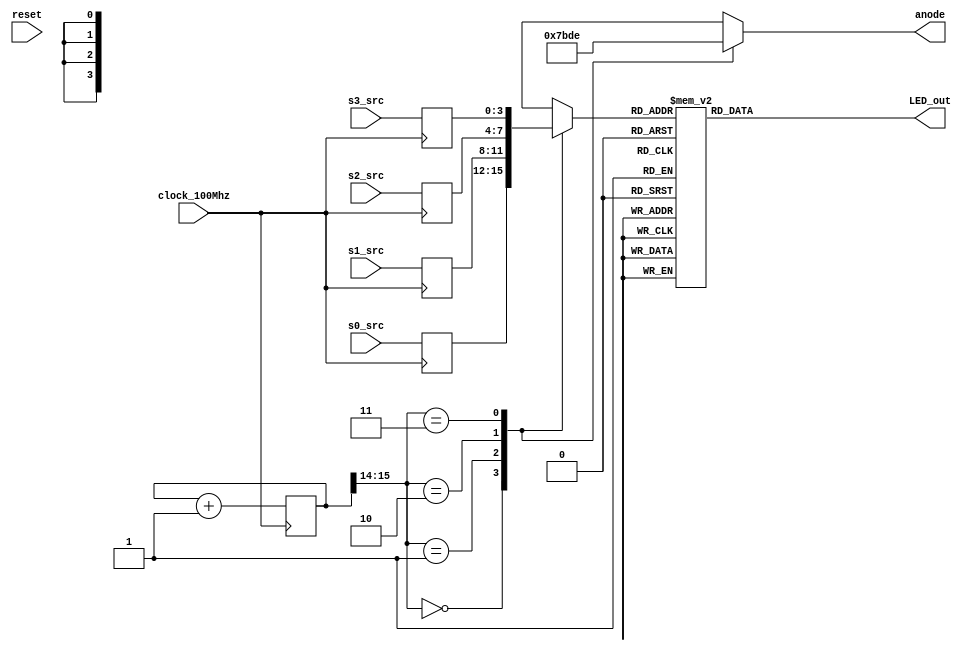
module my_7_seg_driver(
    input clock_100Mhz, // 100 Mhz clock source on Basys 3 FPGA
    input [3:0] s0_src,
    input [3:0] s1_src,
    input [3:0] s2_src,
    input [3:0] s3_src,
    input reset, // reset
    output reg [3:0] anode, // anode signals of the 7-segment LED display
    output reg [6:0] LED_out// cathode patterns of the 7-segment LED display
);

reg [3:0] LED_BCD = 0;

reg [3:0] s0_ctr;
reg [3:0] s1_ctr;
reg [3:0] s2_ctr;
reg [3:0] s3_ctr;

reg s0_flag;
reg s1_flag;
reg s2_flag;
reg s3_flag;

initial
begin
    s0_flag <= 1'b0;
    s1_flag <= 1'b0;
    s2_flag <= 1'b0;
    s3_flag <= 1'b0;
    
    s0_ctr <= 4'b0000;
    s1_ctr <= 4'b0000;
    s2_ctr <= 4'b0000;
    s3_ctr <= 4'b0000;
       
    anode <= 4'b0000;
    LED_out <= 7'b0000;
    refresh_counter <= 2'b00;
    LED_BCD <= 4'b0000;
end

always @(posedge clock_100Mhz)
begin
    s0_ctr <= s0_src;
    s1_ctr <= s1_src;
    s2_ctr <= s2_src;
    s3_ctr <= s3_src;
end

//always @(posedge clock_100Mhz)
//begin
//    s0_flag <= reset;
//    s1_flag <= reset;
//    s2_flag <= reset;
//    s3_flag <= reset;
//end

//// seg 0 counter
//always @(posedge s0_flag)
//begin 
//    if(s0_ctr == 4'b1111)
//        s0_ctr <= 1'h0;
//    else
//        s0_ctr <= s0_ctr+1'h1;
//end 

//// seg 1 counter
//always @(posedge s1_flag)
//begin 
//    if(s1_ctr == 4'b1111)
//        s1_ctr <= 1'h0;
//    else
//        s1_ctr <= s1_ctr+1'h1;
//end

//// seg 2 counter
//always @(posedge s2_flag)
//begin 
//    if(s2_ctr == 4'b1111)
//        s2_ctr <= 1'h0;
//    else
//        s2_ctr <= s2_ctr+1'h1;
//end 

//// seg 3 counter
//always @(posedge s3_flag)
//begin 
//    if(s3_ctr == 4'b1111)
//        s3_ctr <= 1'h0;
//    else
//        s3_ctr <= s3_ctr+1'h1;
//end 

reg [15:0] refresh_counter = 4'h0000; 
// the first 18-bit for creating 2.6ms digit period
// the other 2-bit for creating 4 LED-activating signals
wire [1:0] LED_activating_counter; 
// count        0    ->  1  ->  2  ->  3
// activates    LED1    LED2   LED3   LED4
// and repeat
always @(posedge clock_100Mhz)// or posedge reset)
begin 
// if(reset==1)
//  refresh_counter <= 0;
// else
  refresh_counter <= refresh_counter + 1;
end 
assign LED_activating_counter = refresh_counter[15:14];

// anode activating signals for 4 LEDs, digit period of 2.6ms
// decoder to generate anode signals 
always @(*)
begin
    case(LED_activating_counter)
    2'b00: begin
        anode = 4'b0111; 
        // activate LED1 and Deactivate LED2, LED3, LED4
        LED_BCD = s0_ctr;
        // the first digit of the 16-bit number
          end
    2'b01: begin
        anode = 4'b1011; 
        // activate LED2 and Deactivate LED1, LED3, LED4
        LED_BCD = s1_ctr;
        // the second digit of the 16-bit number
          end
    2'b10: begin
        anode = 4'b1101; 
        // activate LED3 and Deactivate LED2, LED1, LED4
        LED_BCD = s2_ctr;
        // the third digit of the 16-bit number
            end
    2'b11: begin
        anode = 4'b1110; 
        // activate LED4 and Deactivate LED2, LED3, LED1
        LED_BCD = s3_ctr;
        // the fourth digit of the 16-bit number    
           end
    endcase
end

// Cathode patterns of the 7-segment LED display 
always @(*)
begin
    case(LED_BCD)
        4'b0000: LED_out = 7'b0000001; // "0"     
        4'b0001: LED_out = 7'b1001111; // "1" 
        4'b0010: LED_out = 7'b0010010; // "2" 
        4'b0011: LED_out = 7'b0000110; // "3" 
        4'b0100: LED_out = 7'b1001100; // "4" 
        4'b0101: LED_out = 7'b0100100; // "5" 
        4'b0110: LED_out = 7'b0100000; // "6" 
        4'b0111: LED_out = 7'b0001111; // "7" 
        4'b1000: LED_out = 7'b0000000; // "8"     
        4'b1001: LED_out = 7'b0000100; // "9" 
        4'b1010: LED_out = 7'b0001000; // "A"
        4'b1011: LED_out = 7'b1100000; // "b"
        4'b1100: LED_out = 7'b0110001; // "C"
        4'b1101: LED_out = 7'b1000010; // "d"
        4'b1110: LED_out = 7'b0110000; // "E"
        4'b1111: LED_out = 7'b0111000; // "F"
        default: LED_out = 7'b0000001; // "0"
    endcase
end
   
 endmodule